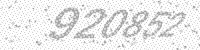
Solution: 920852